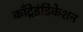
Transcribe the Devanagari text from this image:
काँट्रेइंडिकेशन